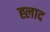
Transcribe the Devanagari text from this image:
ह्लाद